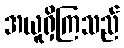
အယူရှိကြသည်